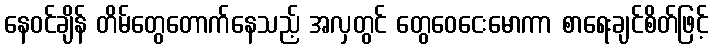
နေဝင်ချိန် တိမ်တွေတောက်နေသည့် အလှတွင် တွေဝေငေးမောကာ စာရေးချင်စိတ်ဖြင့်